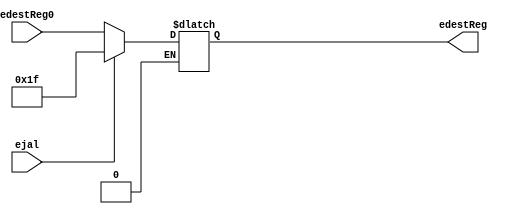
`timescale 1ns / 1ps
//////////////////////////////////////////////////////////////////////////////////
// Company: 
// Engineer: 
// 
// Design Name: 
// Module Name: new_mux_4
// Project Name: 
// Target Devices: 
// Tool Versions: 
// Description: 
// 
// Dependencies: 
// 
// Revision:
// Revision 0.01 - File Created
// Additional Comments:
// 
//////////////////////////////////////////////////////////////////////////////////


module new_mux_4(
input  ejal, 
input [4:0] edestReg0,
output reg [4:0] edestReg
);
    always @(*)
        begin
            if(ejal == 0)
            begin
                edestReg = edestReg0;
            end
            else if(ejal == 1)
            begin
                edestReg = 5'd31;
            end
        end
endmodule